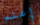
إعلم